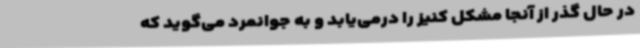
در حال گذر از آنجا مشکل کنیز را درمی‌یابد و به جوانمرد می‌گوید که